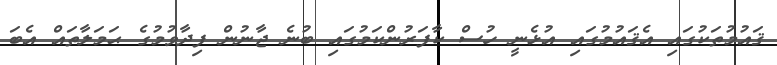
ޤައުމުތަކުގައި އެޤައުމުގައި އުޅެނީ ހުސް ކާފަރުންކަމުގައި ބުނެ ޖާނުން ފިދާވުމުގެ ޙަމަލާތައް އެބަ